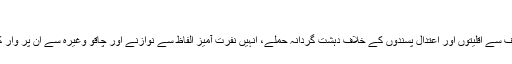
‘‘
بنگلہ دیش میں نوجوان انتہا پسندوں کی طرف سے اقلیتوں اور اعتدال پسندوں کے خلاف دہشت گردانہ حملے، انہیں نفرت آمیز الفاظ سے نوازنے اور چاقو وغیرہ سے ان پر وار کرنے کا سلسلہ 2013ء میں شروع ہوا تھا۔